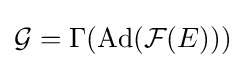
{\mathcal {G}}=\Gamma (\operatorname {Ad} ({\mathcal {F}}(E)))